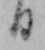
日